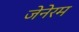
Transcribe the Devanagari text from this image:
जेनेरम